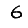
Digit: 6